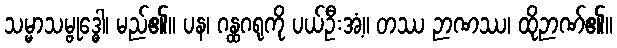
သမ္မာသမ္ဗုဒ္ဓေါ၊ မည်၏။ ပန၊ ဂန္ထဂရုကို ပယ်ဦးအံ့။ တဿ ဉာဏဿ၊ ထိုဉာဏ်၏။